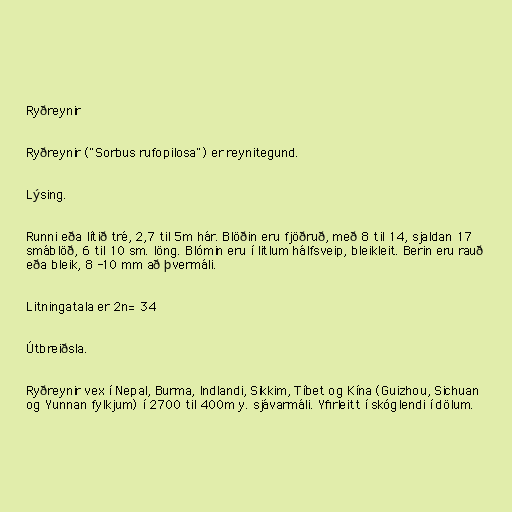
Ryðreynir

Ryðreynir ("Sorbus rufopilosa") er reynitegund.

Lýsing.

Runni eða lítið tré, 2,7 til 5m hár. Blöðin eru fjöðruð, með 8 til 14, sjaldan 17
smáblöð, 6 til 10 sm. löng. Blómin eru í litlum hálfsveip, bleikleit. Berin eru rauð
eða bleik, 8 -10 mm að þvermáli.

Litningatala er 2n= 34

Útbreiðsla.

Ryðreynir vex í Nepal, Burma, Indlandi, Sikkim, Tíbet og Kína (Guizhou, Sichuan
og Yunnan fylkjum) í 2700 til 400m y. sjávarmáli. Yfirleitt í skóglendi í dölum.